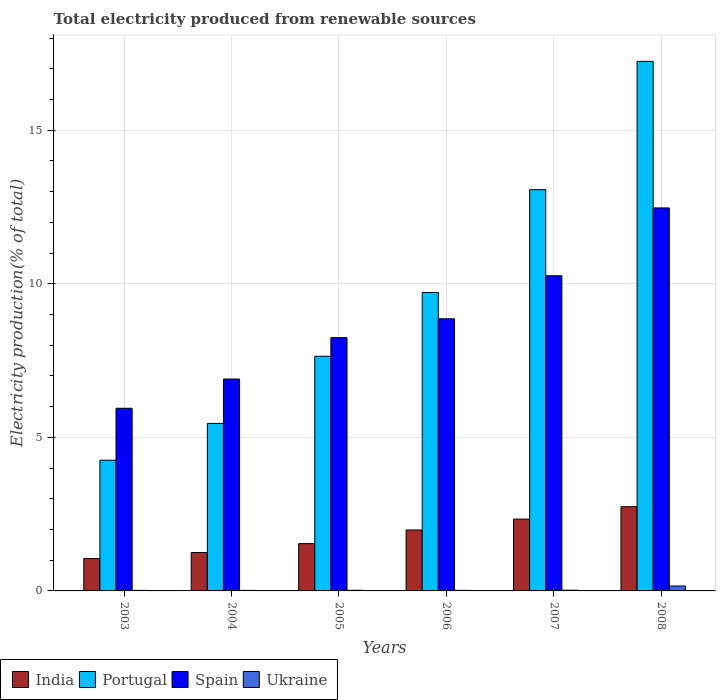
| Years | India | Portugal | Spain | Ukraine |
 | --- | --- | --- | --- | --- |
 | 2003 | 1.05 | 4.26 | 5.95 | 0.0172 |
 | 2004 | 1.25 | 5.45 | 6.9 | 0.0181 |
 | 2005 | 1.54 | 7.64 | 8.25 | 0.0204 |
 | 2006 | 1.98 | 9.72 | 8.86 | 0.0181 |
 | 2007 | 2.34 | 13.1 | 10.3 | 0.0229 |
 | 2008 | 2.74 | 17.2 | 12.5 | 0.16 |